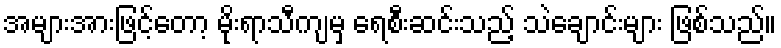
အများအားဖြင့်တော့ မိုးရာသီကျမှ ရေစီးဆင်းသည့် သဲချောင်းများ ဖြစ်သည်။